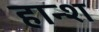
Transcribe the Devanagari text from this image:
हान्श